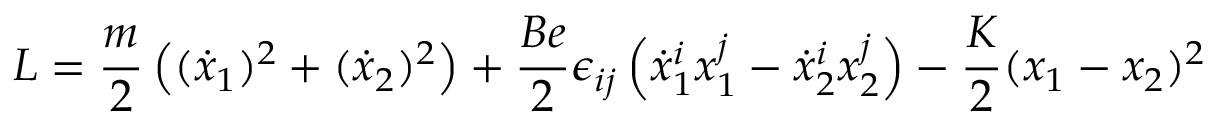
{ \cal L } = \frac { m } { 2 } \left( ( \dot { x } _ { 1 } ) ^ { 2 } + ( \dot { x } _ { 2 } ) ^ { 2 } \right) + \frac { B e } { 2 } \epsilon _ { i j } \left( \dot { x } _ { 1 } ^ { i } x _ { 1 } ^ { j } - \dot { x } _ { 2 } ^ { i } x _ { 2 } ^ { j } \right) - \frac { K } { 2 } ( x _ { 1 } - x _ { 2 } ) ^ { 2 }